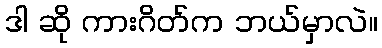
ဒါ ဆို ကားဂိတ်က ဘယ်မှာလဲ။